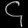
Digit: ၄